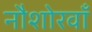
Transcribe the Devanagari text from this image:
नौशोरवाँ